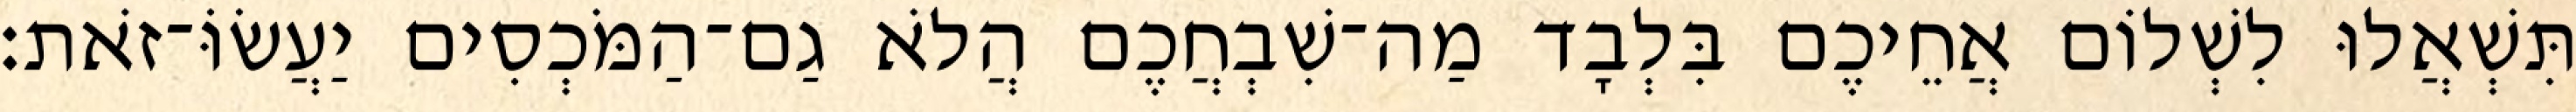
תִּשְׁאֲלוּ לִשְׁלוֹם אֲחֵיכֶם בִּלְבָד מַה־שִׁבְחֲכֶם הֲלֹא גַם־הַמֹּכְסִים יַעֲשׂוֹּ־זֹאת׃